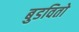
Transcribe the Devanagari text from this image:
बुडवितो